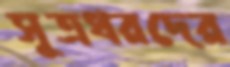
সূত্রধরদের